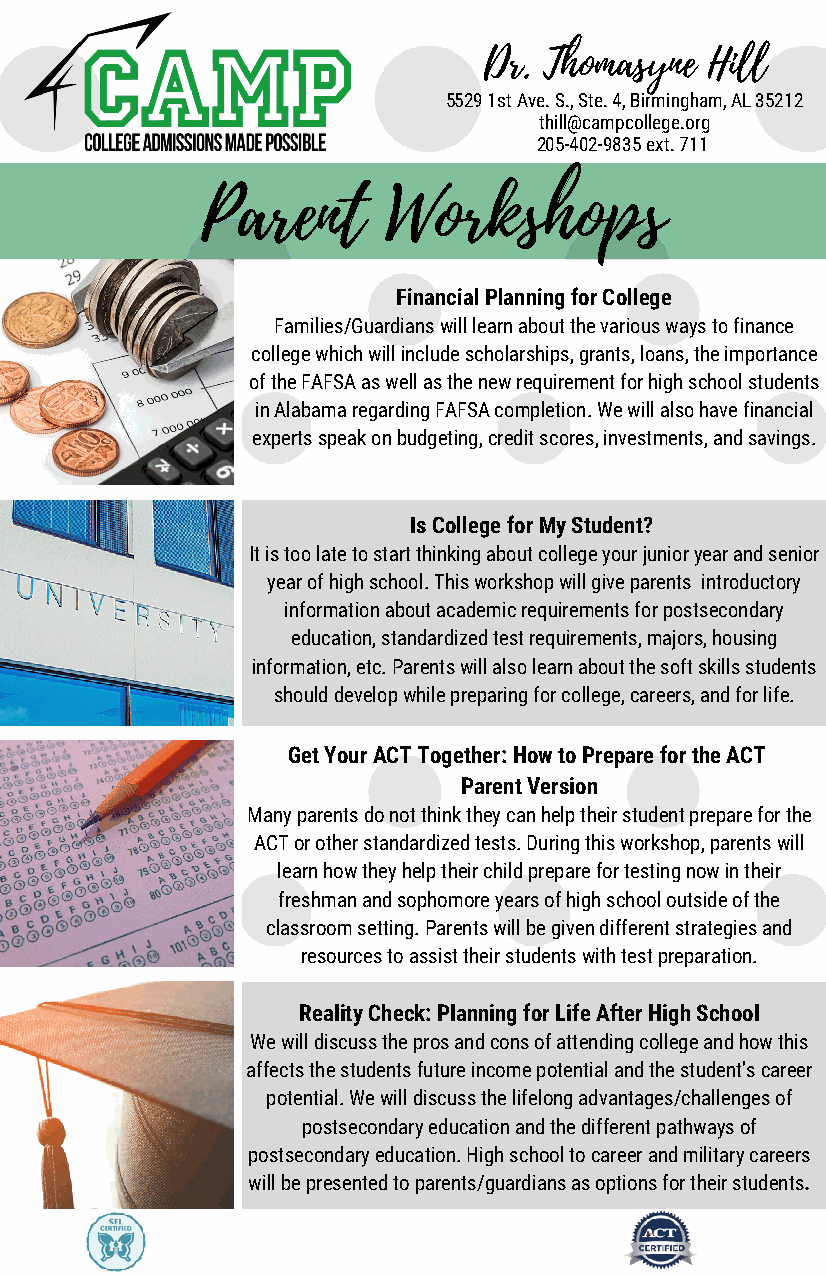
Dr. Thomasyne  Hill
 5529 1st Ave. S., Ste. 4, Birmingham, AL 35212
 thill@campcollege.org
 205-402-9835 ext. 711
 Parent      Workshops
 Financial Planning for College
 Families/Guardians will learn about the various ways to finance
 college which will include scholarships, grants, loans, the importance
 of the FAFSA as well as the new requirement for high school students
 in Alabama regarding FAFSA completion. We will also have financial
 experts speak on budgeting, credit scores, investments, and savings.
 Is College for My Student?
 It is too late to start thinking about college your junior year and senior
 year of high school. This workshop will give parents introductory
 information about academic requirements for postsecondary
 education, standardized test requirements, majors, housing
 information, etc. Parents will also learn about the soft skills students
 should develop while preparing for college, careers, and for life.
 Get Your ACT Together: How to Prepare for the ACT
 Parent Version
 Many parents do not think they can help their student prepare for the
 ACT or other standardized tests. During this workshop, parents will
 learn how they help their child prepare for testing now in their
 freshman and sophomore years of high school outside of the
 classroom setting. Parents will be given different strategies and
 resources to assist their students with test preparation.
 Reality Check: Planning for Life After High School
 We will discuss the pros and cons of attending college and how this
 affects the students future income potential and the student’s career
 potential. We will discuss the lifelong advantages/challenges of
 postsecondary education and the different pathways of
 postsecondary education. High school to career and military careers
 will be presented to parents/guardians as options for their students.